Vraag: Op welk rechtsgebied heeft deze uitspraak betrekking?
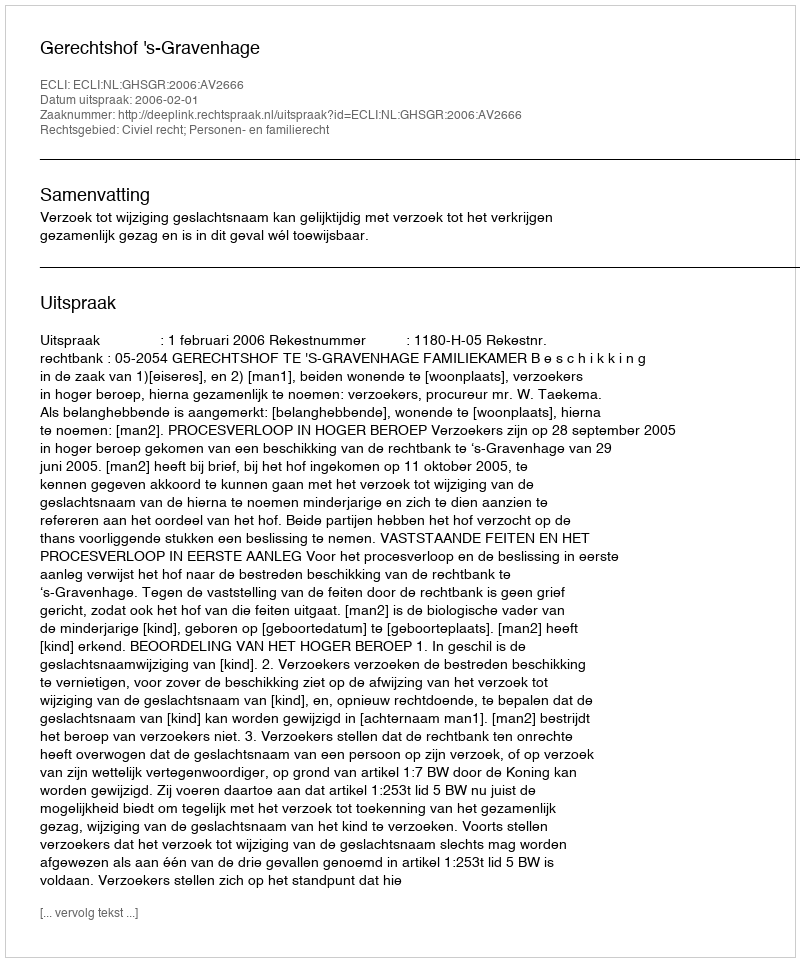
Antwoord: Civiel recht; Personen- en familierecht